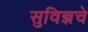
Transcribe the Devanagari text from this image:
सुविज्ञचे